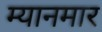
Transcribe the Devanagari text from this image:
म्‍यानमार